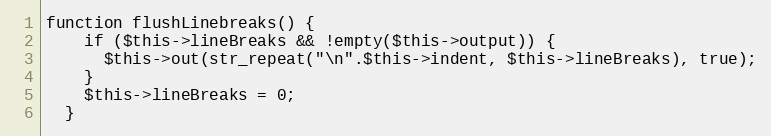
Language: PHP
function flushLinebreaks() {
    if ($this->lineBreaks && !empty($this->output)) {
      $this->out(str_repeat("\n".$this->indent, $this->lineBreaks), true);
    }
    $this->lineBreaks = 0;
  }